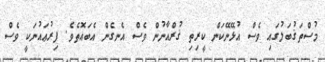
މުސްތަޤުބަލުގައި ވެސް އުޅޭނޭކަން ކީރިތި ޤުރްއާނުން ވެސް އެނގެން އެބައޮތެވެ. ފިރުޢައުނަކީ ވެސް